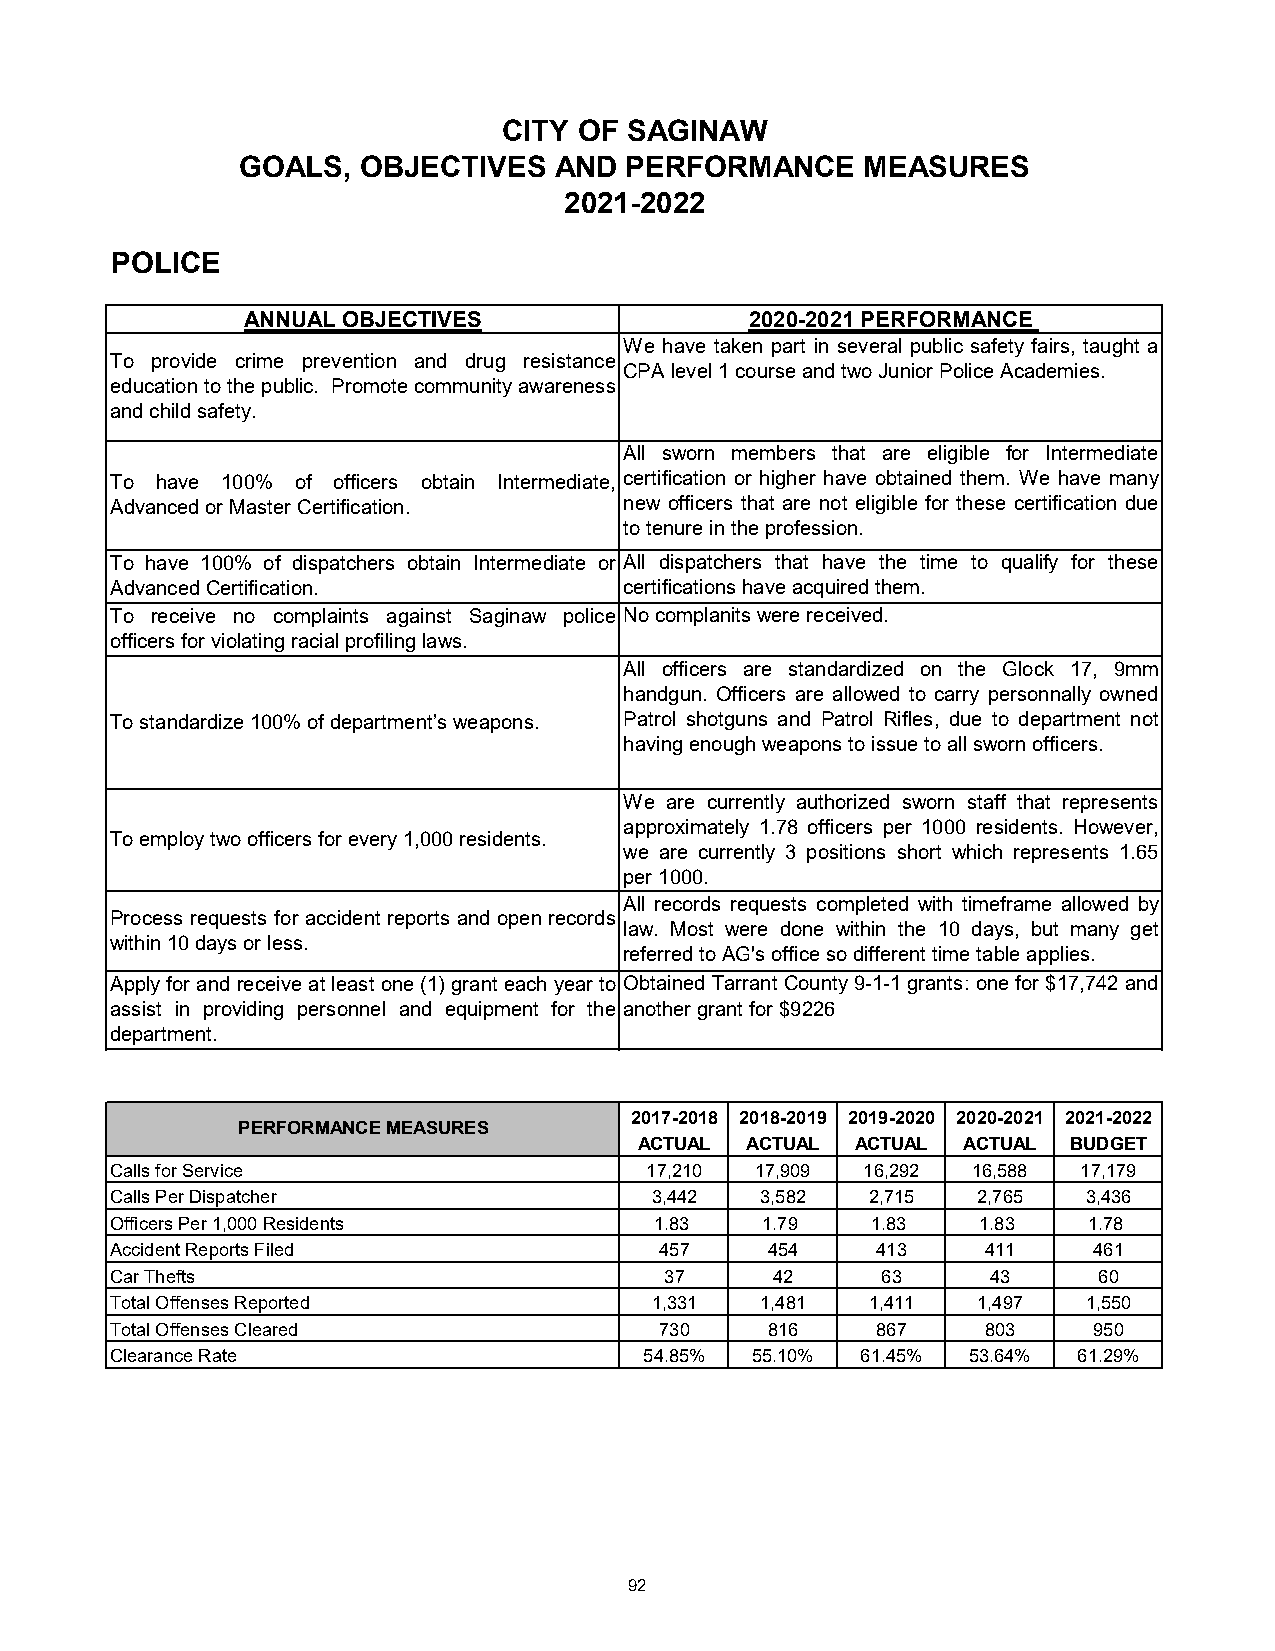
CITY OF SAGINAW
 GOALS,  OBJECTIVES   AND PERFORMANCE     MEASURES
 2021-2022
 POLICE
 ANNUAL OBJECTIVES                 2020-2021 PERFORMANCE
 We have taken part in several public safety fairs, taught a
 To provide crime prevention and drug resistance
 CPA level 1 course and two Junior Police Academies.
 educationtothepublic. Promotecommunityawareness
 and child safety.
 All sworn members that are eligible for Intermediate
 To have 100% of officers obtain Intermediate, certification or higher have obtained them. We have many
 Advanced or Master Certification. new officers that are not eligible for these certification due
 to tenure in the profession.
 To have 100% of dispatchers obtain Intermediate or All dispatchers that have the time to qualify for these
 Advanced Certification.           certifications have acquired them.
 To receive no complaints against Saginaw police No complanits were received.
 officers for violating racial profiling laws.
 All officers are standardized on the Glock 17, 9mm
 handgun. Officers are allowed to carry personnally owned
 To standardize 100% of department’s weapons. Patrol shotguns and Patrol Rifles, due to department not
 having enough weapons to issue to all sworn officers.
 We are currently authorized sworn staff that represents
 approximately 1.78 officers per 1000 residents. However,
 To employ two officers for every 1,000 residents.
 we are currently 3 positions short which represents 1.65
 per 1000.
 All records requests completed with timeframe allowed by
 Process requests for accident reports and openrecords
 law. Most were done within the 10 days, but many get
 within 10 days or less.
 referred to AG's office so different time table applies.
 Applyfor and receive atleast one(1) granteach yearto Obtained Tarrant County9-1-1 grants: onefor $17,742and
 assist in providing personnel and equipment for the another grant for $9226
 department.
 2017-2018 2018-2019 2019-2020 2020-2021 2021-2022
 PERFORMANCE MEASURES
 ACTUAL ACTUAL  ACTUAL ACTUAL BUDGET
 Calls for Service                   17,210 17,909 16,292 16,588  17,179
 Calls Per Dispatcher                3,442  3,582   2,715  2,765  3,436
 Officers Per 1,000 Residents        1.83   1.79    1.83   1.83   1.78
 Accident Reports Filed               457    454    413    411    461
 Car Thefts                           37     42     63      43     60
 Total Offenses Reported             1,331  1,481   1,411  1,497  1,550
 Total Offenses Cleared               730    816    867    803    950
 Clearance Rate                      54.85% 55.10% 61.45% 53.64% 61.29%
 92